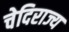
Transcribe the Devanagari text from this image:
चेदिराज्य